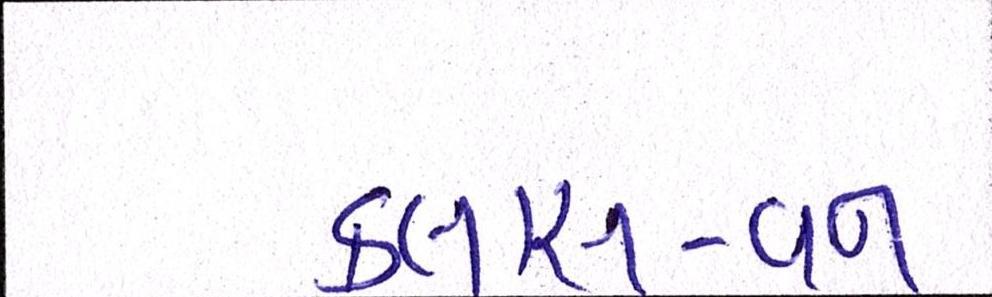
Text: કલાસ-વન